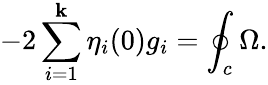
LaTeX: -2\sum_{i=1}^{\mathbf{k}}\eta_{i}(0)g_{i}=\oint_{c}\Omega.